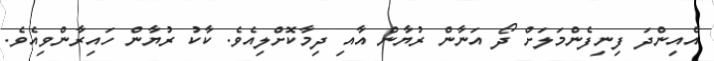
އެއިންދަ ފިނިފެންމަލަށް ދޯ އަނާން ރުޔާން އާއި ދިމާކޮށްލިއެވެ. ކާކު ރުޔާން ހައިރާންވިއެވެ.